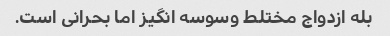
بله ازدواج مختلط وسوسه انگیز اما بحرانی است.